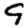
Digit: 9